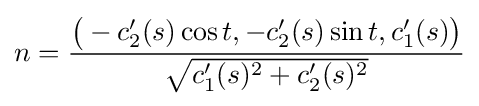
n={\frac {{\big (}-c_{2}'(s)\cos t,-c_{2}'(s)\sin t,c_{1}'(s){\big )}}{\sqrt {c_{1}'(s)^{2}+c_{2}'(s)^{2}}}}